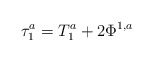
\begin{align*}\tau_1^a = T_1^a + 2 \Phi^{1,a} \end{align*}